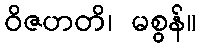
ဝိဇဟတိ၊ မစွန်။